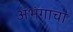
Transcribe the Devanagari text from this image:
अभंगाचा